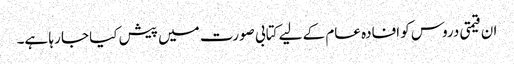
ان قیمتی دروس کو افادہ عام کے لیے کتابی صورت میں پیش کیا جا رہا ہے۔